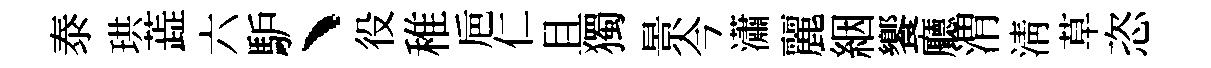
泰珙蕋六馿、役稚巵仁且獨景今瀟麗絪饗廳渭淸草恣